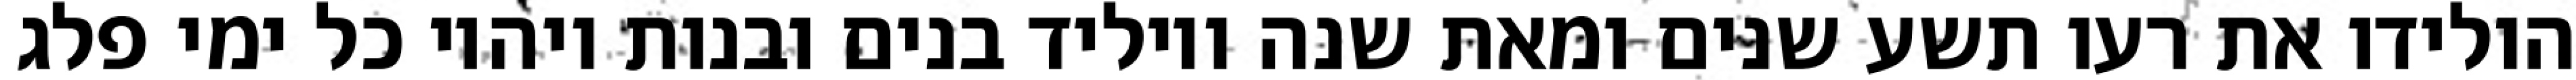
הולידו את רעו תשע שנים ומאת שנה ויוליד בנים ובנות ויהיו כל ימי פלג